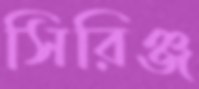
সিরিঞ্জ